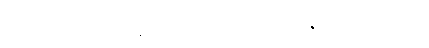
ဝါခင်းကြီး ရှေ့သို့မြန်မာအစီအစဉ်မှ ဦးမြင့်ဇော်မှ ပို၍ရှည်လာ